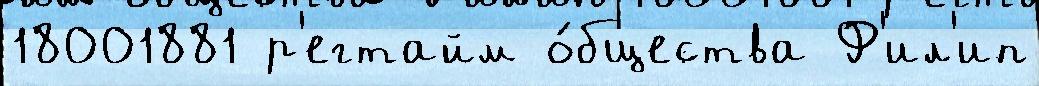
18001881 р'егтайм о́бщества Ф'ил'ип